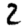
Digit: 2